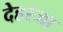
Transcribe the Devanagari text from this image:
देहरजा